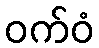
ဝက်ဝံ